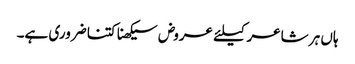
ہاں ہر شاعر کیلئے عروض سیکھنا کتنا ضروری ہے۔